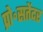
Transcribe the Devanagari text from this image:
प्रो॰सतेंदर